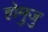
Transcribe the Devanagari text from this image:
होमुजु